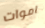
اموات